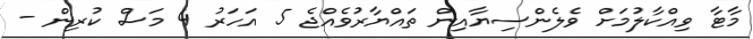
މާޓާ ވިއްކާލުމަށް ވެލެންސިޔާއިން ތައްޔާރުވެއްޖެ 5 އަހަރު 4 މަސް ކުރިން -